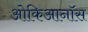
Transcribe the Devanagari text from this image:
ओकिआनॉस